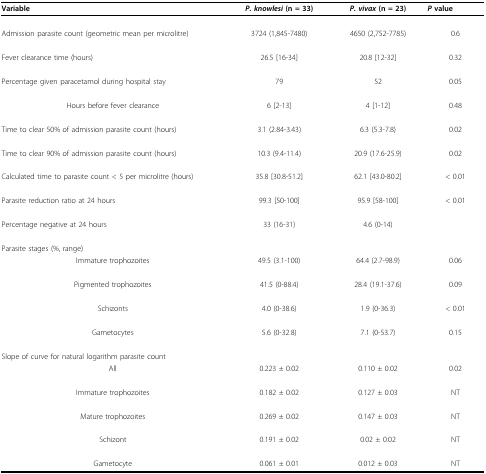
<table><thead><tr><td><b>Variable</b></td><td><b><i>P. knowlesi </i>(n = 33)</b></td><td><b><i>P. vivax </i>(n = 23)</b></td><td><b><i>P </i>value</b></td></tr></thead><tbody><tr><td>Admission parasite count (geometric mean per microlitre)</td><td>3724 (1,845-7480)</td><td>4650 (2,752-7785)</td><td>0.6</td></tr><tr><td>Fever clearance time (hours)</td><td>26.5 [16-34]</td><td>20.8 [12-32]</td><td>0.32</td></tr><tr><td>Percentage given paracetamol during hospital stay</td><td>79</td><td>52</td><td>0.05</td></tr><tr><td>Hours before fever clearance</td><td>6 [2-13]</td><td>4 [1-12]</td><td>0.48</td></tr><tr><td>Time to clear 50% of admission parasite count (hours)</td><td>3.1 (2.84-3.43)</td><td>6.3 (5.3-7.8)</td><td>0.02</td></tr><tr><td>Time to clear 90% of admission parasite count (hours)</td><td>10.3 (9.4-11.4)</td><td>20.9 (17.6-25.9)</td><td>0.02</td></tr><tr><td>Calculated time to parasite count &lt; 5 per microlitre (hours)</td><td>35.8 [30.8-51.2]</td><td>62.1 [43.0-80.2]</td><td>&lt; 0.01</td></tr><tr><td>Parasite reduction ratio at 24 hours</td><td>99.3 [50-100]</td><td>95.9 [58-100]</td><td>&lt; 0.01</td></tr><tr><td>Percentage negative at 24 hours</td><td>33 (16-31)</td><td>4.6 (0-14)</td><td></td></tr><tr><td>Parasite stages (%, range)</td><td></td><td></td><td></td></tr><tr><td>Immature trophozoites</td><td>49.5 (3.1-100)</td><td>64.4 (2.7-98.9)</td><td>0.06</td></tr><tr><td>Pigmented trophozoites</td><td>41.5 (0-88.4)</td><td>28.4 (19.1-37.6)</td><td>0.09</td></tr><tr><td>Schizonts</td><td>4.0 (0-38.6)</td><td>1.9 (0-36.3)</td><td>&lt; 0.01</td></tr><tr><td>Gametocytes</td><td>5.6 (0-32.8)</td><td>7.1 (0-53.7)</td><td>0.15</td></tr><tr><td>Slope of curve for natural logarithm parasite count</td><td></td><td></td><td></td></tr><tr><td>All</td><td>0.223 ± 0.02</td><td>0.110 ± 0.02</td><td>0.02</td></tr><tr><td>Immature trophozoites</td><td>0.182 ± 0.02</td><td>0.127 ± 0.03</td><td>NT</td></tr><tr><td>Mature trophozoites</td><td>0.269 ± 0.02</td><td>0.147 ± 0.03</td><td>NT</td></tr><tr><td>Schizont</td><td>0.191 ± 0.02</td><td>0.02 ± 0.02</td><td>NT</td></tr><tr><td>Gametocyte</td><td>0.061 ± 0.01</td><td>0.012 ± 0.03</td><td>NT</td></tr></tbody></table>